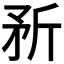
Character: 𪿆